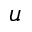
u